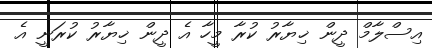
އިސްލާމް ދީން ޚިޔާރު ކުރާ މީހާ އެ ދީން ޚިޔާރު ކުރަނީ އެ